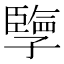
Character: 𪧂